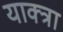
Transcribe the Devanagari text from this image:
याक्त्रा